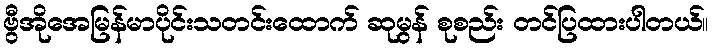
ဗွီအိုအေမြန်မာပိုင်းသတင်းထောက် ဆုမွန် စုစည်း တင်ပြထားပါတယ်။